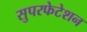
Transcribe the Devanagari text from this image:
सुपरफेटेशन